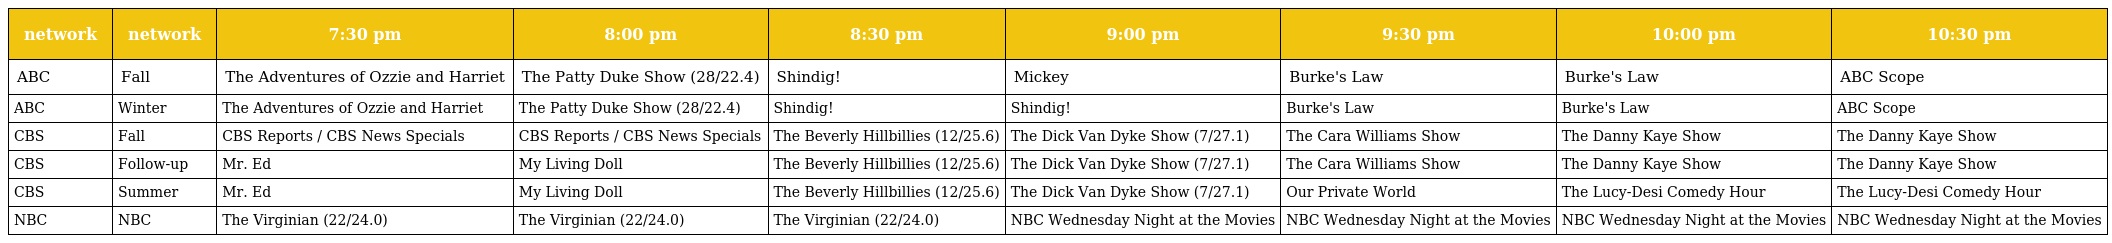
| network | network | 7:30 pm | 8:00 pm | 8:30 pm | 9:00 pm | 9:30 pm | 10:00 pm | 10:30 pm |
 | --- | --- | --- | --- | --- | --- | --- | --- | --- |
 | ABC | Fall | The Adventures of Ozzie and Harriet | The Patty Duke Show (28/22.4) | Shindig! | Mickey | Burke's Law | Burke's Law | ABC Scope |
 | ABC | Winter | The Adventures of Ozzie and Harriet | The Patty Duke Show (28/22.4) | Shindig! | Shindig! | Burke's Law | Burke's Law | ABC Scope |
 | CBS | Fall | CBS Reports / CBS News Specials | CBS Reports / CBS News Specials | The Beverly Hillbillies (12/25.6) | The Dick Van Dyke Show (7/27.1) | The Cara Williams Show | The Danny Kaye Show | The Danny Kaye Show |
 | CBS | Follow-up | Mr. Ed | My Living Doll | The Beverly Hillbillies (12/25.6) | The Dick Van Dyke Show (7/27.1) | The Cara Williams Show | The Danny Kaye Show | The Danny Kaye Show |
 | CBS | Summer | Mr. Ed | My Living Doll | The Beverly Hillbillies (12/25.6) | The Dick Van Dyke Show (7/27.1) | Our Private World | The Lucy-Desi Comedy Hour | The Lucy-Desi Comedy Hour |
 | NBC | NBC | The Virginian (22/24.0) | The Virginian (22/24.0) | The Virginian (22/24.0) | NBC Wednesday Night at the Movies | NBC Wednesday Night at the Movies | NBC Wednesday Night at the Movies | NBC Wednesday Night at the Movies |